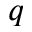
q